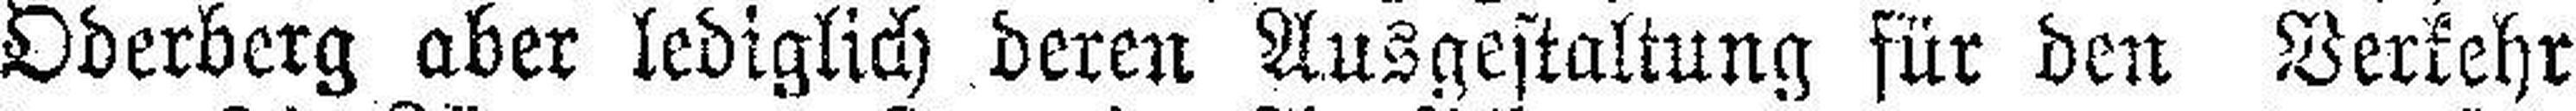
Oderberg aber lediglich deren Ausgestaltung für den Verkehr